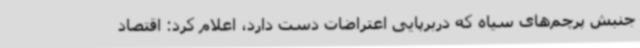
جنبش پرچم‌های سیاه که دربرپایی اعتراضات دست دارد، اعلام کرد: اقتصاد